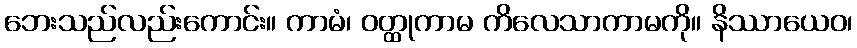
ဘေးသည်လည်းကောင်း။ ကာမံ၊ ဝတ္ထုကာမ ကိလေသာကာမကို။ နိဿာယေဝ၊